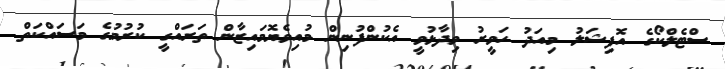
ސްޓެލްކޯގެ އޮފިޝަލު މިއަދު ހަވީރު ވިދާޅުވީ އެކުންފުނިން މުއިވެޔޮމައިޒާން ތަރައްގީ ކުރުމުގެ މަސައްކަތް